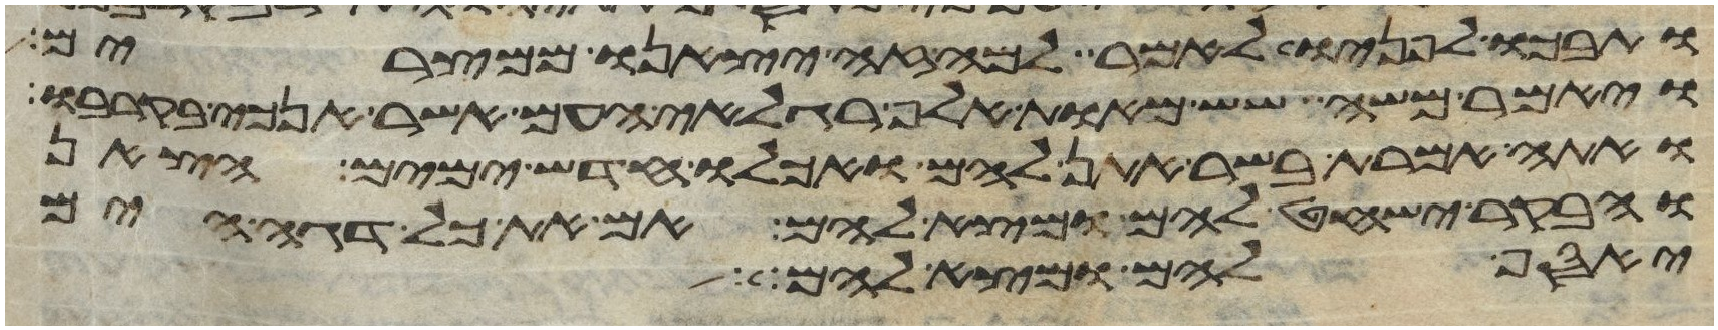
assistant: ותבכו לפניו לאמר למה זה יצאנו ממצרים
ויאמר משה שש מאות אלף רגלאי העם אשר אנכי בקרבו
ואתה אמרת בשר אתן להם ואכלו חדש ימים הצאן
והבקר ישחט להם ומצא להם אם את כל דגי הים
יאסף להם ומצא להם